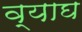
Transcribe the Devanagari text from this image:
व्याघ